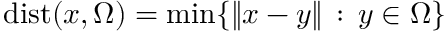
\mathrm { d i s t } ( x , \Omega ) = \operatorname* { m i n } \{ \| x - y \| \, : \, y \in \Omega \}